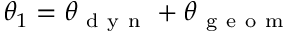
\theta _ { 1 } = \theta _ { \mathrm { ~ d ~ y ~ n ~ } } + \theta _ { \mathrm { ~ g ~ e ~ o ~ m ~ } }